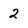
Character: 2